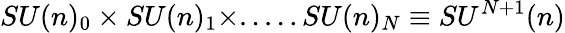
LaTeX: SU(n)_{0}\times SU(n)_{1}\times.....SU(n)_{N}\equiv SU^{N+1}(n)